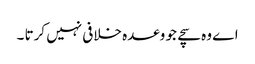
اے وہ سچے جو وعدہ خلافی نہیں کرتا ۔